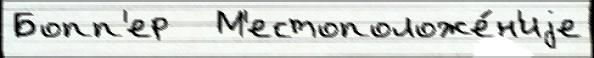
Бопп'ер   М'естоположе́н'иjе